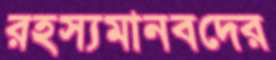
রহস্যমানবদের